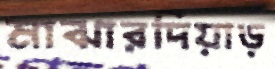
মাঝারদিয়াড়